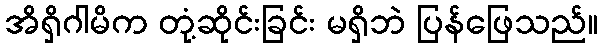
အိရှိဂါမိက တုံ့ဆိုင်းခြင်း မရှိဘဲ ပြန်ဖြေသည်။